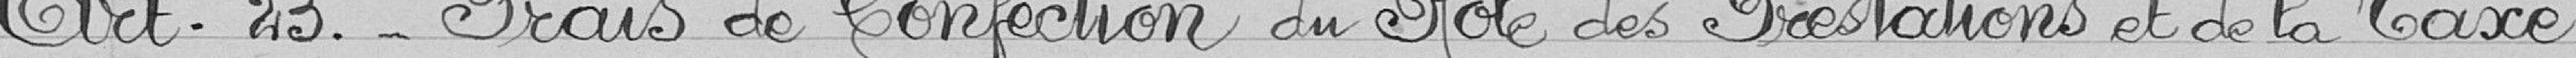
Art 23 : Frais de confection du Rôle des Prestations et de la taxe